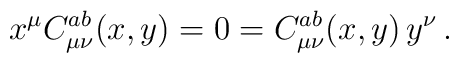
x^\mu C_{\mu\nu}^{ab}(x,y) = 0 = C_{\mu\nu}^{ab}(x,y) \,y^\nu \,.